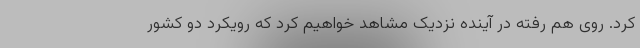
کرد. روی هم رفته در آینده نزدیک مشاهد خواهیم کرد که رویکرد دو کشور